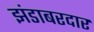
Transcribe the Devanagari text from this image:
झंडाबरदार